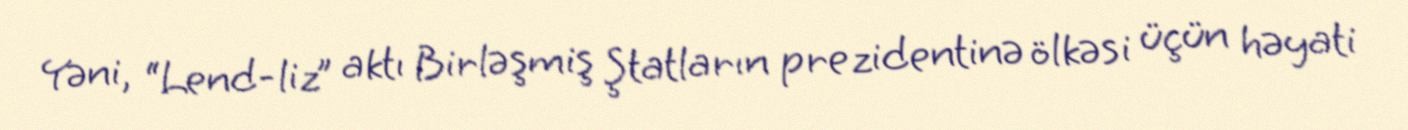
Yəni, “Lend-liz” aktı Birləşmiş Ştatların prezidentinə ölkəsi üçün həyati